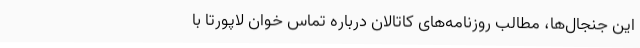
این جنجال‌ها، مطالب روزنامه‌های کاتالان درباره تماس خوان لاپورتا با